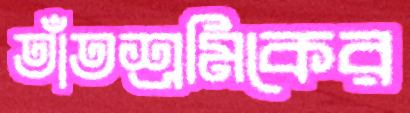
তাঁতশ্রমিকের